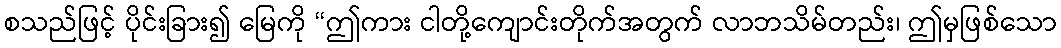
စသည်ဖြင့် ပိုင်းခြား၍ မြေကို “ဤကား ငါတို့ကျောင်းတိုက်အတွက် လာဘသိမ်တည်း၊ ဤမှဖြစ်သော